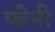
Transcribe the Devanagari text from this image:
प्लेनी